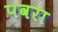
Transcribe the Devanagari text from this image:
पवरा